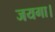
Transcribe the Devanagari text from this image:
जयगा।